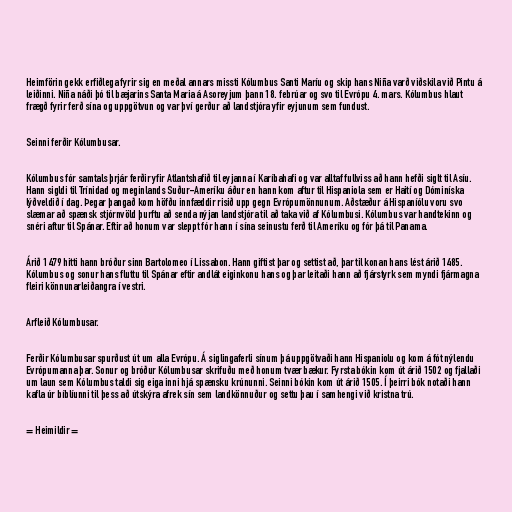
Heimförin gekk erfiðlega fyrir sig en meðal annars missti Kólumbus Santi Maríu og skip hans Niña varð viðskila við Pintu á
leiðinni. Niña náði þó til bæjarins Santa Maria á Asoreyjum þann 18. febrúar og svo til Evrópu 4. mars. Kólumbus hlaut
frægð fyrir ferð sína og uppgötvun og var því gerður að landstjóra yfir eyjunum sem fundust.

Seinni ferðir Kólumbusar.

Kólumbus fór samtals þrjár ferðir yfir Atlantshafið til eyjanna í Karíbahafi og var alltaf fullviss að hann hefði siglt til Asíu.
Hann sigldi til Trínidad og meginlands Suður-Ameríku áður en hann kom aftur til Hispaniola sem er Haití og Dóminíska
lýðveldið í dag. Þegar þangað kom höfðu innfæddir risið upp gegn Evrópumönnunum. Aðstæður á Hispaníólu voru svo
slæmar að spænsk stjórnvöld þurftu að senda nýjan landstjóra til að taka við af Kólumbusi. Kólumbus var handtekinn og
snéri aftur til Spánar. Eftir að honum var sleppt fór hann í sína seinustu ferð til Ameríku og fór þá til Panama.

Árið 1479 hitti hann bróður sinn Bartolomeo í Lissabon. Hann giftist þar og settist að, þar til konan hans lést árið 1485.
Kólumbus og sonur hans fluttu til Spánar eftir andlát eiginkonu hans og þar leitaði hann að fjárstyrk sem myndi fjármagna
fleiri könnunarleiðangra í vestri.

Arfleið Kólumbusar.

Ferðir Kólumbusar spurðust út um alla Evrópu. Á siglingaferli sínum þá uppgötvaði hann Hispaniolu og kom á fót nýlendu
Evrópumanna þar. Sonur og bróður Kólumbusar skrifuðu með honum tvær bækur. Fyrsta bókin kom út árið 1502 og fjallaði
um laun sem Kólumbus taldi sig eiga inni hjá spænsku krúnunni. Seinni bókin kom út árið 1505. Í þeirri bók notaði hann
kafla úr bíblíunni til þess að útskýra afrek sín sem landkönnuður og settu þau í samhengi við kristna trú.

= Heimildir =